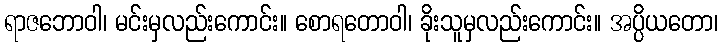
ရာဇဘောဝါ၊ မင်းမှလည်းကောင်း။ စောရတောဝါ၊ ခိုးသူမှလည်းကောင်း။ အပ္ပိယတော၊